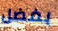
بفضل